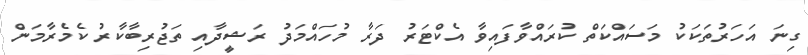
ގިނަ އަހަރުތަކަކު މަސައްކަތް ކުރައްވާފައިވާ އެކްޓަރު ދަރާ މުހައްމަދު ރަޝީދާއި ތަޖުރިބާކާރު ކެމެރާމަން